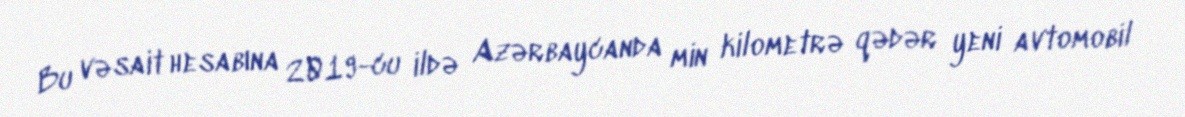
Bu vəsait hesabına 2019-cu ildə Azərbaycanda min kilometrə qədər yeni avtomobil